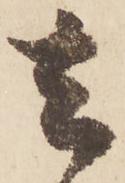
去